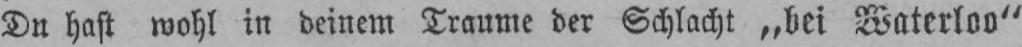
Du hast wohl in deinem Traume der Schlacht „bei Waterloo”